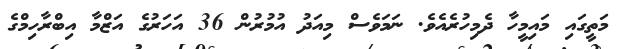
މަތީގައި މައިމީހާ ދެމިހުރެއެވެ. ނަމަވެސް މިއަދު އުމުރުން 36 އަހަރުގެ އަޒްމާ އިބްރާހިމްގެ